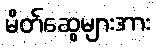
မိတ်ဆွေများအား